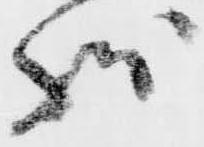
状